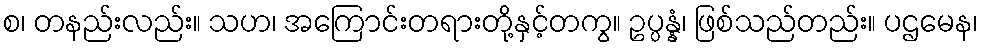
စ၊ တနည်းလည်း။ သဟ၊ အကြောင်းတရားတို့နှင့်တကွ။ ဥပ္ပန္နံ၊ ဖြစ်သည်တည်း။ ပဌမေန၊